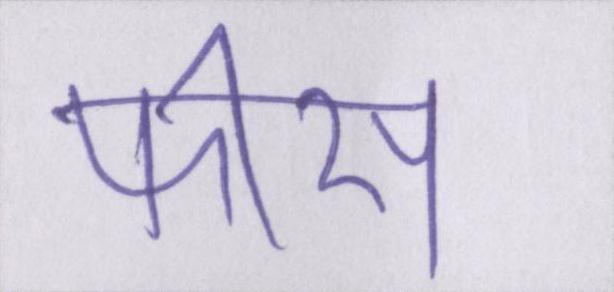
फीस